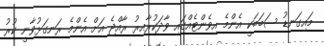
މައިގަނޑު ސަބަބަކީ އެންމެ އިވެންޓެއްގައި ވާދަކުރާއިރު ރާއްޖެ އަށް އެންމެ ރަނގަޅުވާނީ ކުރު